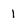
Character: I